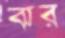
ঝর